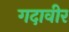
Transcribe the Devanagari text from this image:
गदावीर